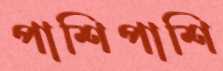
পাশিপাশি